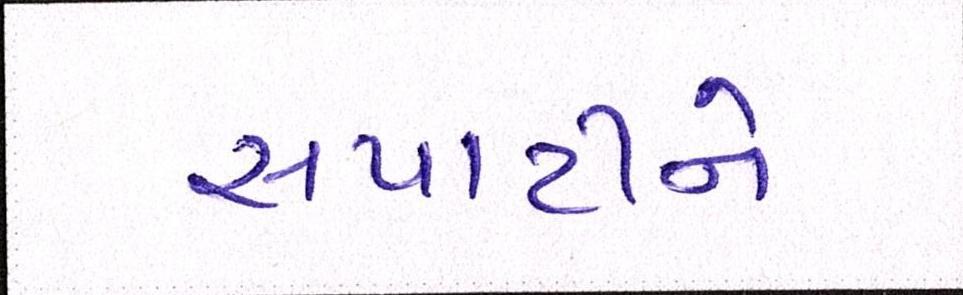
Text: સપાટીને